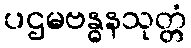
ပဌမဗန္ဓနသုတ္တံ